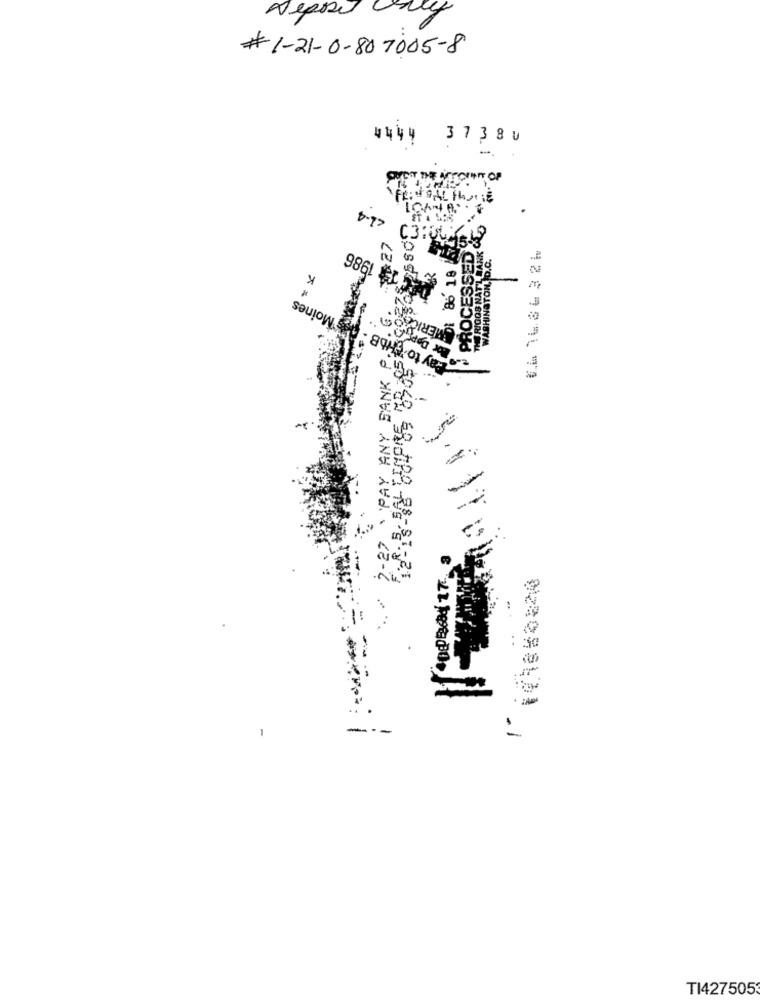
tomas madras
8-SPOLDS-0-18-1#
ABELE
-
<1-4
PROCESSED &
21
RICOS NAT'L WANK
66 16.36324
2 1986
86 18 6
WASHINGTON, D.C.
K
Pay to THbB - Des Moines
,27
ERICAOS
PAY ANY BANK P.
2-27
---
TI427505